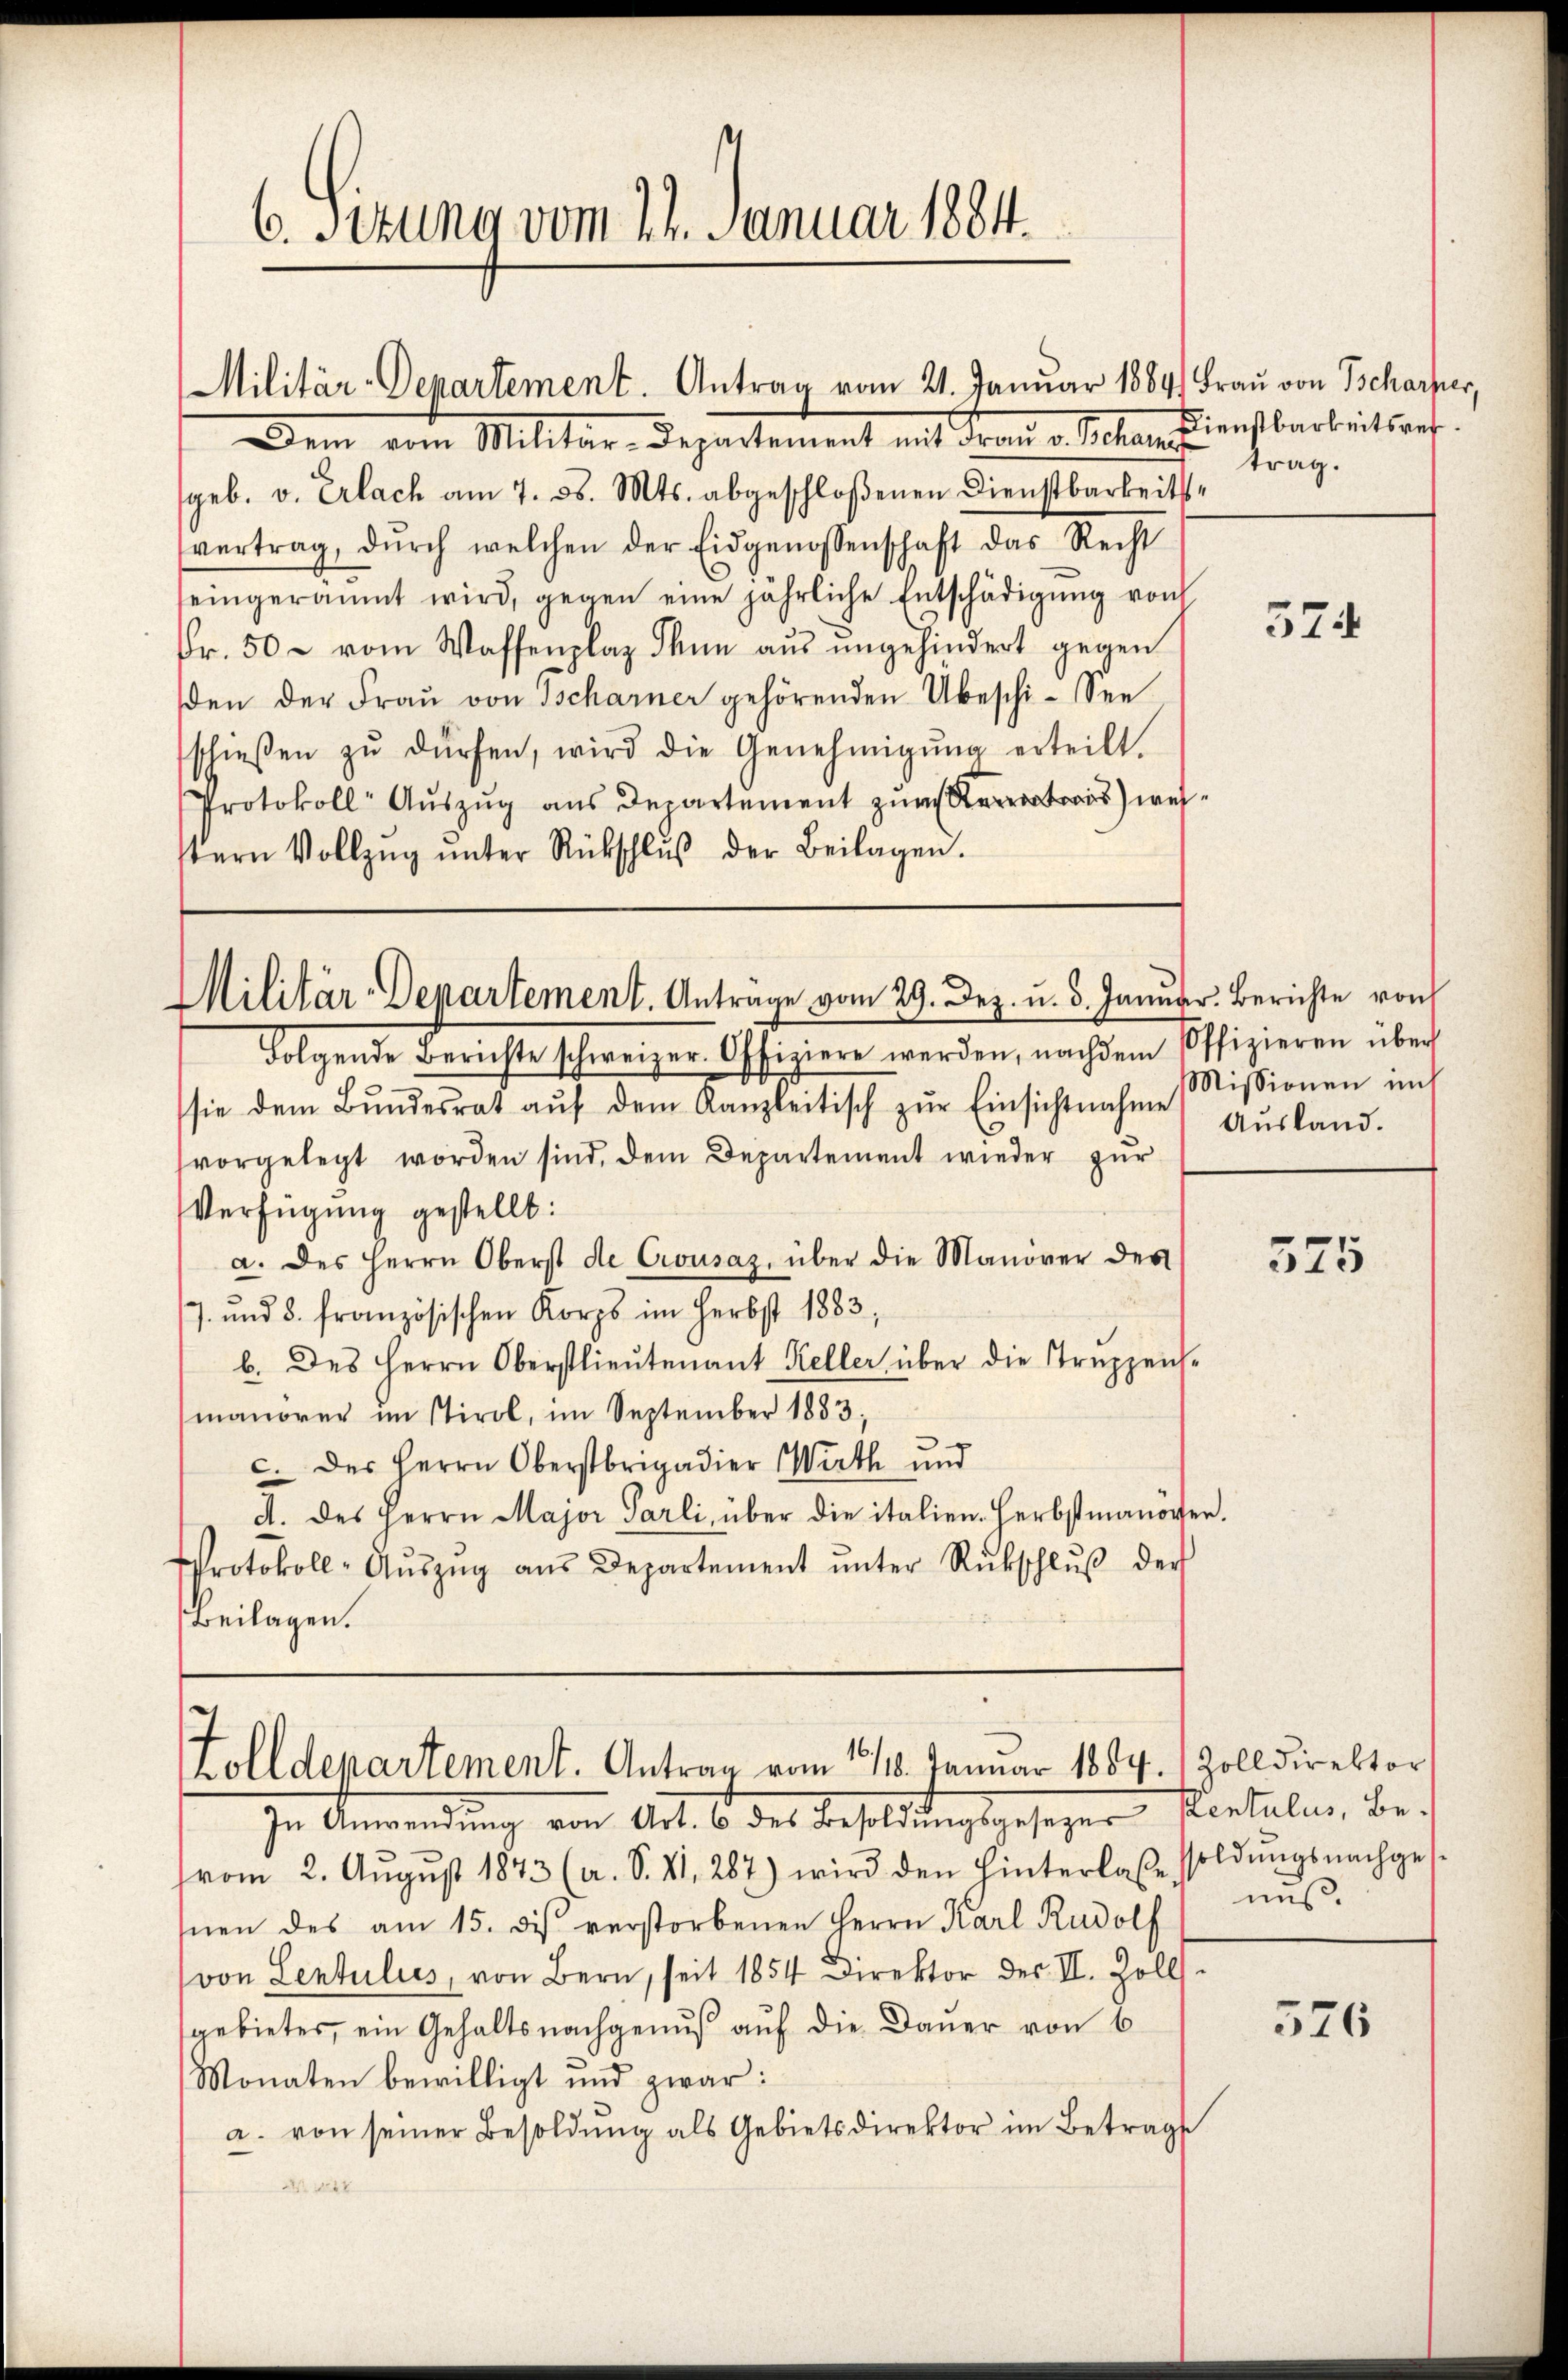
6. sezung vom 24. Januar 1884.

Militär-Departement. Antrag vom 21. Januar 1884) Frau von Beharper,

Dem vom Militär-Departement mit Frau Solangenstbarkeitsanf
geb. v. Erlach am 7. ds. Mts. abgeschloßenen Dienstbarkeitsvertrag, dŭrch welchen der Eidgenossenschaft das Recht
eingeräumt wird, gegen eine jährliche Entschädigŭng von
Fr. 50 – vom Waffenplaz Thun aus ungehindert gegen
den der Fraŭ von Tscharner gehörenden beschi-See
schieβen zŭ dürfen, wird die Genehmigŭng erteilt.
Protokoll Auszug aus Departement zum weswern Vollzŭg ŭnter Rückschlŭβ der Beilagen.

Folgende Berichte schweizer Offiziere werden, nachdem Offizieren über
sie dem Bŭndesrat aŭf dem Kanzleitisch zŭr Einsichtnahme
vorgelegt worden sind, dem Departement wieder zŭr
Verfügung gestellt:
a. des Herrn Oberst de Crousaz, über die Manöver des
7. und 8. französischen Korps im Herbst 1883,
b. des Herrn Oberstlieutenant Keller über die Truppen-
manorer im Stirol, im September 1883;
c. des Herrn Oberstrigadier Wirth und
A. des Herrn Major Parli, über die italien. Herbstmanover.
Protokoll-Aŭszŭg aŭs Departement ŭnter Rückschlŭβ der
Beilagen.

trag.

Militär-Departement. Antrage vom 29. Dez. u. 3. Januar. Berichte von

Folldepartement. Antrag vom 118. Januar 1889. Zolldirektor

zu Anwendung von Art. 6 des Besoldungsgeseger Contuler, Bevom 2. Aŭgŭst 1873 (a. S. VI. 287) wird den hinterlaβe soldŭngsnachges-
snen des am 15. des verstorbenen Herrn Karl Rudolf
von Lentulies, von Bern, seit 1854 Direktor des II. Zolls-
gebietes, ein Gehaltsnachgenuß auf die Dauer von 6
Monaten bewilligt und zwar:
a. von seiner Besoldung als Gebietsdirektor im Betrags
M 1844

574

Missionen ins
Ausland.

575

nis.

576